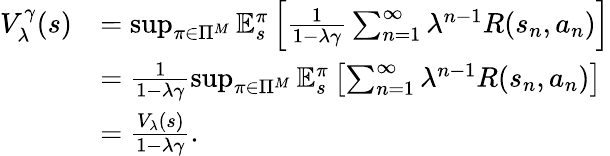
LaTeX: \begin{array}{rl}{V_{\lambda}^{\gamma}(s)}&{=\operatorname*{sup}_{\pi\in\Pi^{M}}\mathbb{E}_{s}^{\pi}\left[\frac{1}{1-\lambda\gamma}\sum_{n=1}^{\infty}\lambda^{n-1}R(s_{n},a_{n})\right]}\\ &{=\frac{1}{1-\lambda\gamma}\operatorname*{sup}_{\pi\in\Pi^{M}}\mathbb{E}_{s}^{\pi}\left[\sum_{n=1}^{\infty}\lambda^{n-1}R(s_{n},a_{n})\right]}\\ &{=\frac{V_{\lambda}(s)}{1-\lambda\gamma}.}\end{array}